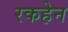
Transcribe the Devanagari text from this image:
रकहेन